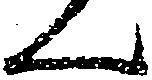
ん